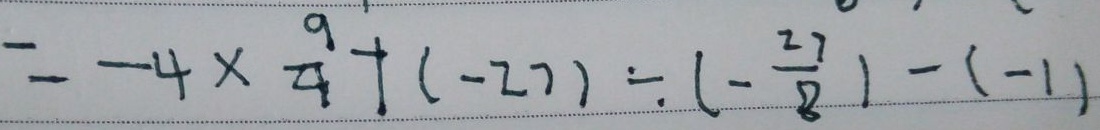
= - 4 \times \frac { 9 } { 4 } + ( - 2 7 ) \div ( - \frac { 2 7 } { 8 } ) - ( - 1 )